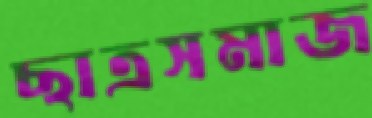
ছাত্রসমাজ